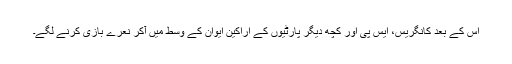
اس کے بعد کانگریس، ایس پی اور کچھ دیگر پارٹیوں کے اراکین ایوان کے وسط میں آکر نعرے بازی کرنے لگے۔